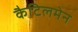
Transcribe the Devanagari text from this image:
कैटिलमेन